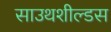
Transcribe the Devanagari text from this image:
साउथशील्डस